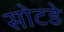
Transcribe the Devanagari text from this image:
सोटडे